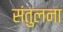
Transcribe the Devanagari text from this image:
संतुलना